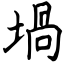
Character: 堝